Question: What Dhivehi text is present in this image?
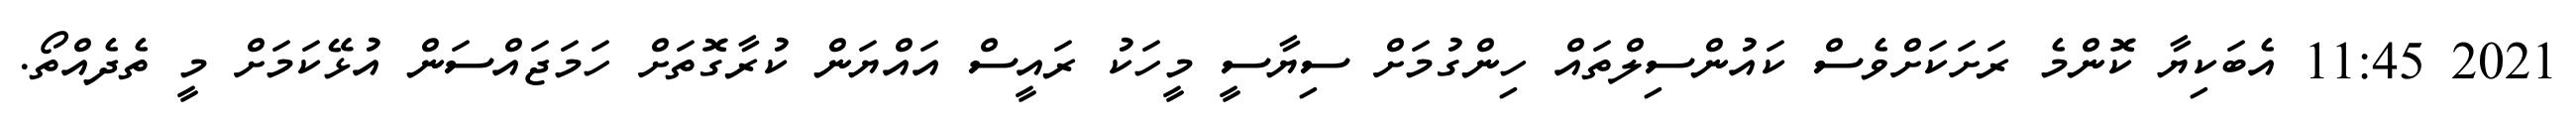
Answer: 2021 11:45 އެބަކިޔާ ކޮންމެ ރަށަކަށްވެސް ކައުންސިލްތައް ހިންގުމަށް ސިޔާސީ މީހަކު ރައީސް އައްޔަން ކުރާގޮތަށް ހަމަޖައްސަން އުޅޭކަމަށް މީ ތެދެއްތޯ.